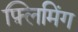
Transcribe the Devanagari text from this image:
फ़्लिमिंग